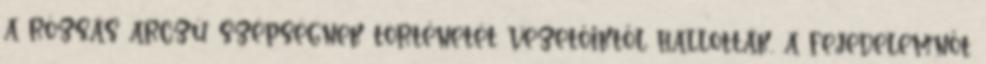
a rózsás arczú szépségnek történetét vezetőiktől hallották, a fejedelemnőt